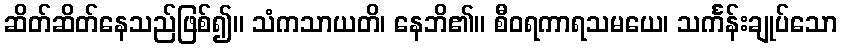
ဆိတ်ဆိတ်နေသည်ဖြစ်၍။ သံကသာယတိ၊ နေဘိ၏။ စီဝရကာရသမယေ၊ သင်္ကန်းချုပ်သော